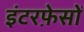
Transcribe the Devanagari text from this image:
इंटरफ़ेसों